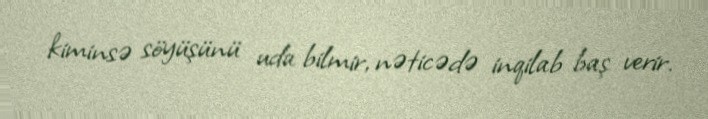
kiminsə söyüşünü uda bilmir, nəticədə inqilab baş verir.